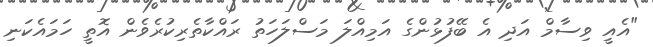
"އެއީ ވިސާމް އަދި އެ ބޭފުޅުންގެ އަމިއްލަ މަސްލަހަތު ރައްކާތެރިކުރެވެން އޮތީ ހަމައެކަނި